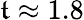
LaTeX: \mathfrak{t}\approx1.8